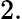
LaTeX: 2.